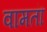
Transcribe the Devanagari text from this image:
वामतॊ